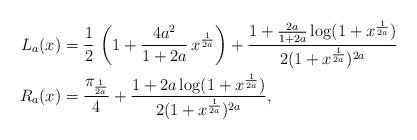
LaTeX: \begin{align*} L_a(x) &= \frac12\,\left(1 + \frac{4a^2}{1+2a}\,x^{\frac1{2a}}\right) + \frac{1+\frac{2a}{1+2a}\log(1+x^{\frac1{2a}})}{2(1+x^{\frac1{2a}})^{2a}}\\ R_a(x) &= \frac{\pi_{\frac1{2a}}}4 + \frac{1+2a \log(1+x^{\frac1{2a}})}{2(1+x^{\frac1{2a}})^{2a}} , \end{align*}